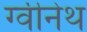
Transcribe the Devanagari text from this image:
ग्वीनेथ